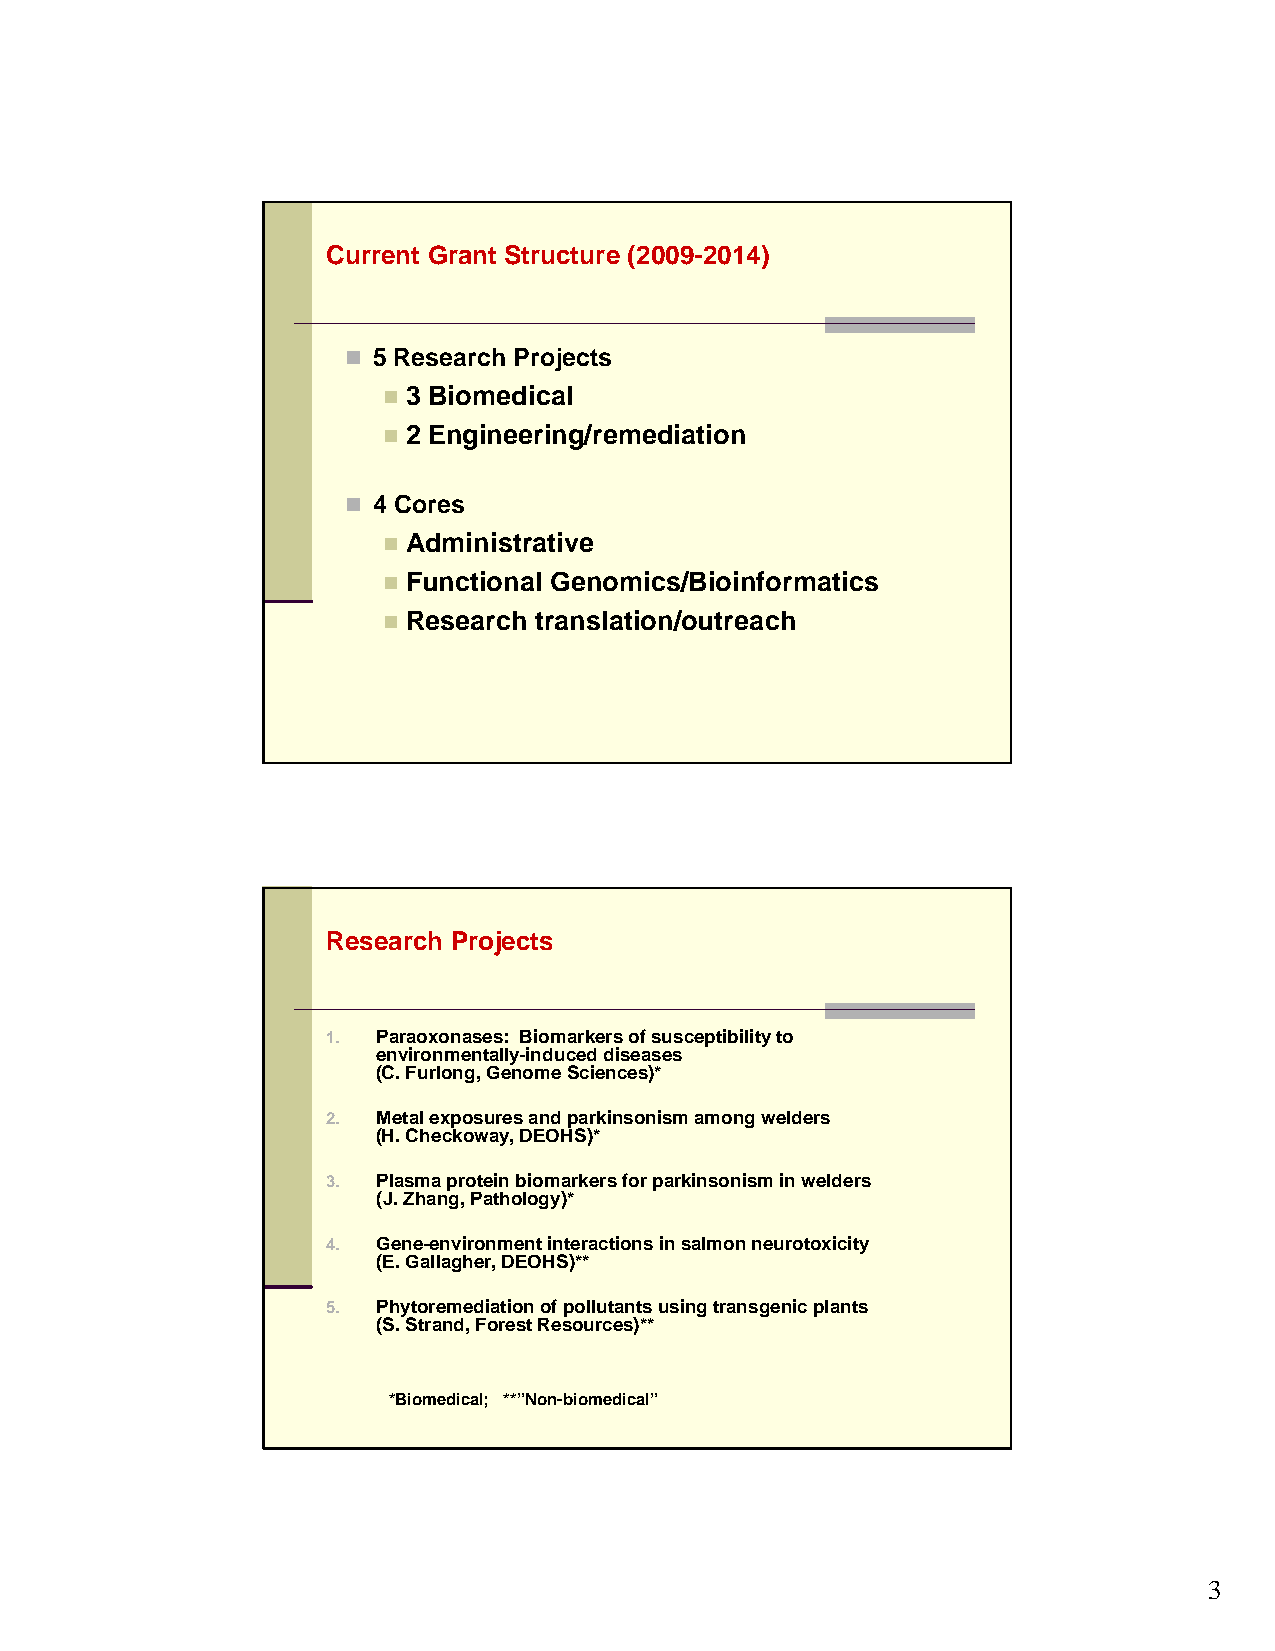
Current Grant Structure (2009-2014)
  5 Research Projects
  3 Biomedical
  2 Engineering/remediation
  4 Cores
  Administrative
  Functional Genomics/Bioinformatics
  Research translation/outreach
 Research Projects
 1. Paraoxonases: Biomarkers of susceptibility to
 environmentally-induced diseases
 (C. Furlong, Genome Sciences)*
 2. Metal exposures and parkinsonism among welders
 (H. Checkoway, DEOHS)*
 3. Plasma protein biomarkers for parkinsonism in welders
 (J. Zhang, Pathology)*
 4. Gene-environment interactions in salmon neurotoxicity
 (E. Gallagher, DEOHS)**
 5. Phytoremediationof pollutants using transgenic plants
 (S. Strand, Forest Resources)**
 *Biomedical; **”Non-biomedical”
 3